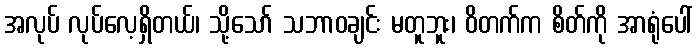
အလုပ် လုပ်လေ့ရှိတယ်၊ သို့သော် သဘာဝချင်း မတူဘူး၊ ဝိတက်က စိတ်ကို အာရုံပေါ်